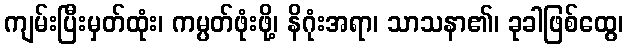
ကျမ်းပြီးမှတ်ထုံး၊ ကမ္ပတ်ဖုံးဖို့၊ နိဂုံးအရာ၊ သာသနာ၏၊ ခုခါဖြစ်ထွေ၊